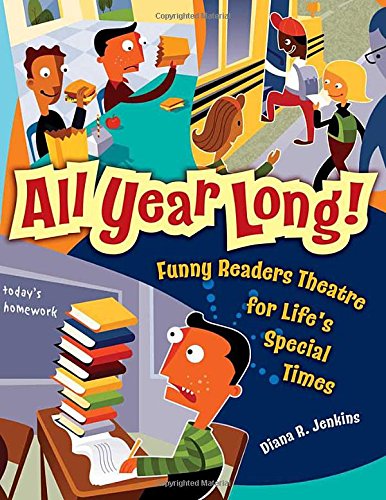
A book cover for All Year Long!: Funny Readers Theatre for Life's Special Times; Diana R. Jenkins; Literature & Fiction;